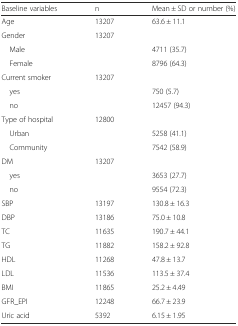
<table><thead><tr><td><b>Baseline variables</b></td><td><b>n</b></td><td><b>Mean ± SD or number (%)</b></td></tr></thead><tbody><tr><td>Age</td><td>13207</td><td>63.6 ± 11.1</td></tr><tr><td>Gender</td><td>13207</td><td></td></tr><tr><td> Male</td><td></td><td>4711 (35.7)</td></tr><tr><td> Female</td><td></td><td>8796 (64.3)</td></tr><tr><td>Current smoker</td><td>13207</td><td></td></tr><tr><td> yes</td><td></td><td>750 (5.7)</td></tr><tr><td> no</td><td></td><td>12457 (94.3)</td></tr><tr><td>Type of hospital</td><td>12800</td><td></td></tr><tr><td> Urban</td><td></td><td>5258 (41.1)</td></tr><tr><td> Community</td><td></td><td>7542 (58.9)</td></tr><tr><td>DM</td><td>13207</td><td></td></tr><tr><td> yes</td><td></td><td>3653 (27.7)</td></tr><tr><td> no</td><td></td><td>9554 (72.3)</td></tr><tr><td>SBP</td><td>13197</td><td>130.8 ± 16.3</td></tr><tr><td>DBP</td><td>13186</td><td>75.0 ± 10.8</td></tr><tr><td>TC</td><td>11635</td><td>190.7 ± 44.1</td></tr><tr><td>TG</td><td>11882</td><td>158.2 ± 92.8</td></tr><tr><td>HDL</td><td>11268</td><td>47.8 ± 13.7</td></tr><tr><td>LDL</td><td>11536</td><td>113.5 ± 37.4</td></tr><tr><td>BMI</td><td>11865</td><td>25.2 ± 4.49</td></tr><tr><td>GFR_EPI</td><td>12248</td><td>66.7 ± 23.9</td></tr><tr><td>Uric acid</td><td>5392</td><td>6.15 ± 1.95</td></tr></tbody></table>